Sketch of the medical history of the native army of Bombay, for the year
Year: 1875
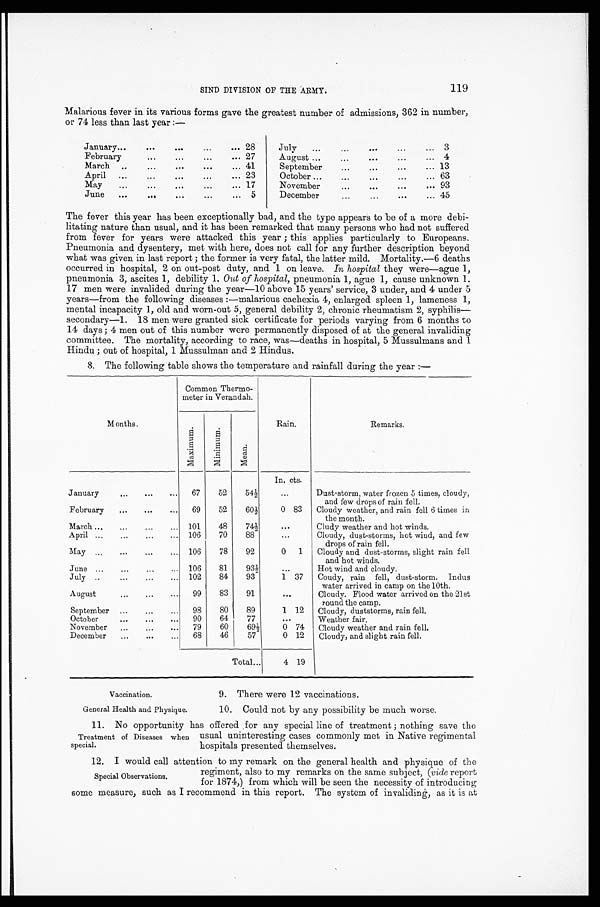
119
SIND DIVISION OF THE ARMY.
Malarious fever in its various forms gave the greatest number of admissions, 362 in number,
or 74 less than last year :—
January
. . .
. . .
. . .
...
. . . 28
July
...
...
. . .
...
. . . 3
February
. . .
. . .
. . .
... 27
August . . .
. . .
. . .
. . .
. . .
4
March ...
...
. . .
. . .
. . . 41
September
. . .
...
...
... 13
April
..
...
...
...
... 23
October ...
. . .
. . .
...
... 63
May
...
...
. . .
. . .
. . . 17
November
. . .
. . .
...
. . . 93
June
...
...
. . .
...
... 5
December
. . .
...
. . .
... 45
The fever this year has been exceptionally bad, and the type appears to be of a more debi-
litating nature than usual, and it has been remarked that many persons who had not suffered
from fever for years were attacked this year ; this applies particularly to Europeans.
Pneumonia and dysentery, met with here, does not call for any further description beyond
what was given in last report ; the former is very fatal, the latter mild. Mortality.-6 deaths
occurred in hospital, 2 on out-post duty, and 1 on leave. In hospital they were—ague 1,
pneumonia 3, ascites 1, debility 1. Out of hospital, pneumonia 1, ague 1, cause unknown 1.
17 men were invalided during the year-10 above 15 years' service, 3 under, and 4 under 5
years—from the following diseases :—malarious cachexia 4, enlarged spleen 1, lameness 1,
mental incapacity 1, old and worn-out 5, general debility 2, chronic rheumatism 2, syphilis-
secondary-1. 18 men were granted sick certificate for periods varying from 6 months to
14 days ; 4 men out of this number were permanently disposed of at the general invaliding
committee. The mortality, according to race, was—deaths in hospital, 5 Mussulmans and 1
Hindu ; out of hospital, 1 Mussulman and 2 Hindus.
8. The following table shows the temperature and rainfall during the year :—
Months.
Common Thermo-
meter in Verandah.
Maxi mum.
Mi ni mum.
Mean.
Rain.
Remarks.
January
. . .
. . .
. . .
67
52
54 1/2
In. ... cts.
Dust-storm, water frozen 5 times, cloudy,
and few drops of rain fell.
February
...
...
...
69
52
60 1/2
0 83
Cloudy weather, and rain fell 6 times in
the month.
March ...
...
...
...
101
48
74 1/2
. . . Cludy weather and hot winds.
April ...
...
...
...
106
70
88
...
Cloudy, dust-storms, hot wind, and few
drops of rain fell.
May
. . .
...
...
. . . 106
78
92
0
1
Cloudy and dust-storms, slight rain fell
and hot winds.
June
. . .
. . .
...
...
106
81
93 1/2
...
Hot wind and cloudy.
July ..
...
...
...
102
84
93
1 37
Coudy, rain fell, dust-storm.
Indus
water arrived in camp on the 10th.
August
. . .
. . .
. . .
99
83
91
. . . Cloudy. Flood water arrived on the 21st
round the camp.
September
...
. . .
...
98
80
89
1
12
Cloudy, duststorms, rain fell.
October
. . .
. . .
. . .
90
64
77
...
Weather fair.
November
...
...
...
79
60
69 1/2
0 74
Cloudy weather and rain fell.
December
...
...
...
68
46
57
0 12
Cloudy, and slight rain fell.
Total...
4 19
Vaccination.
General Health and Physique.
9. There were 12 vaccinations.
10. Could not by any possibility be much worse.
11. No opportunity has offered for any special line of treatment ; nothing save the
Treatment of Diseases when
special.
usual uninteresting cases commonly met in Native regimental
hospitals presented themselves.
12. I would call attention to my remark on the general health and physique of the
Special Observations,
regiment, also to my remarks on the same subject, ( vide report
for 1874,) from which will be seen the necessity of introducing some measure, such as I recommend in this report. The system of invaliding, as it is at
some measure, such as 1 recommend in this report. The system of invaliding, as it is at